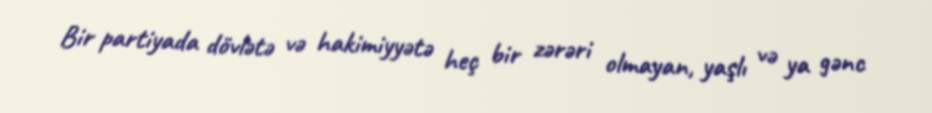
Bir partiyada dövlətə və hakimiyyətə heç bir zərəri olmayan, yaşlı və ya gənc